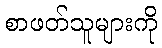
စာဖတ်သူများကို